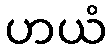
ဟယံ